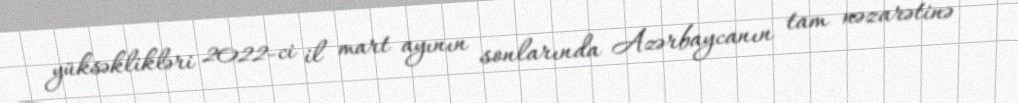
yüksəklikləri 2022-ci il mart ayının sonlarında Azərbaycanın tam nəzarətinə